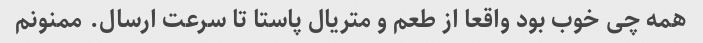
همه چی خوب بود واقعا از طعم و متریال پاستا تا سرعت ارسال. ممنونم